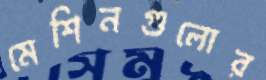
মেশিনগুলোর